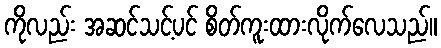
ကိုလည်း အဆင်သင့်ပင် စိတ်ကူးထားလိုက်လေသည်။